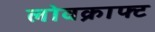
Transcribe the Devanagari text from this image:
लोवक्राफ्ट